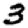
Digit: 3